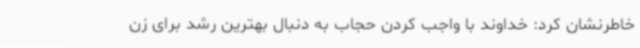
خاطرنشان کرد: خداوند با واجب کردن حجاب به دنبال بهترین رشد برای زن